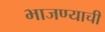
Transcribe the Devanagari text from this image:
भाजण्याची